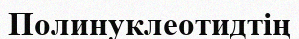
Полинуклеотидтің